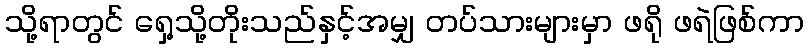
သို့ရာတွင် ရှေ့သို့တိုးသည်နှင့်အမျှ တပ်သားများမှာ ဖရို ဖရဲဖြစ်ကာ